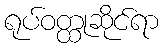
ရုပ်ဝတ္ထုဆိုင်ရာ